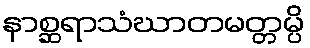
နာစ္ဆရာသံဃာတမတ္တမ္ပိ